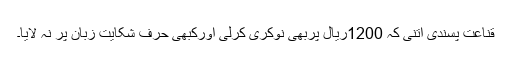
قناعت پسندی اتنی کہ 1200ریال پربھی نوکری کرلی اورکبھی حرف شکایت زبان پر نہ لایا۔